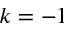
k = - 1